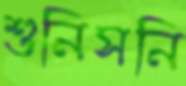
শুনিসনি